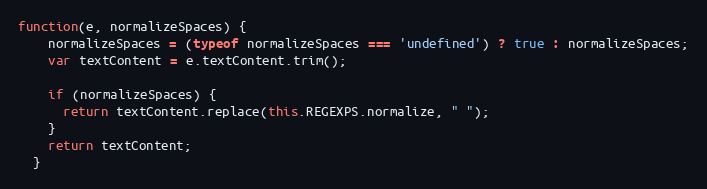
Language: JavaScript
function(e, normalizeSpaces) {
    normalizeSpaces = (typeof normalizeSpaces === 'undefined') ? true : normalizeSpaces;
    var textContent = e.textContent.trim();

    if (normalizeSpaces) {
      return textContent.replace(this.REGEXPS.normalize, " ");
    }
    return textContent;
  }